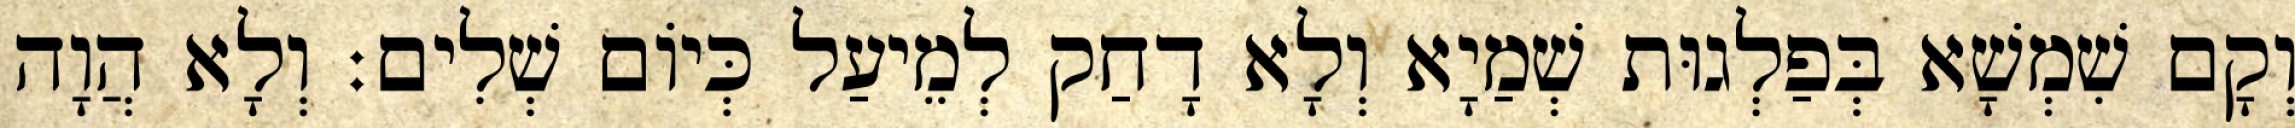
וְקָם שִׁמְשָׁא בְּפַלְגוּת שְׁמַיָא וְלָא דָחַק לְמֵיעַל כְּיוֹם שְׁלִים׃ וְלָא הֲוָה